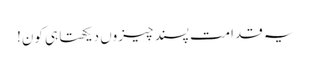
یہ قدامت پسند چیزوں دیکھتا ہی کون!